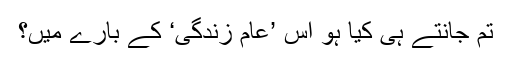
تم جانتے ہی کیا ہو اس ’عام زندگی‘ کے بارے میں؟